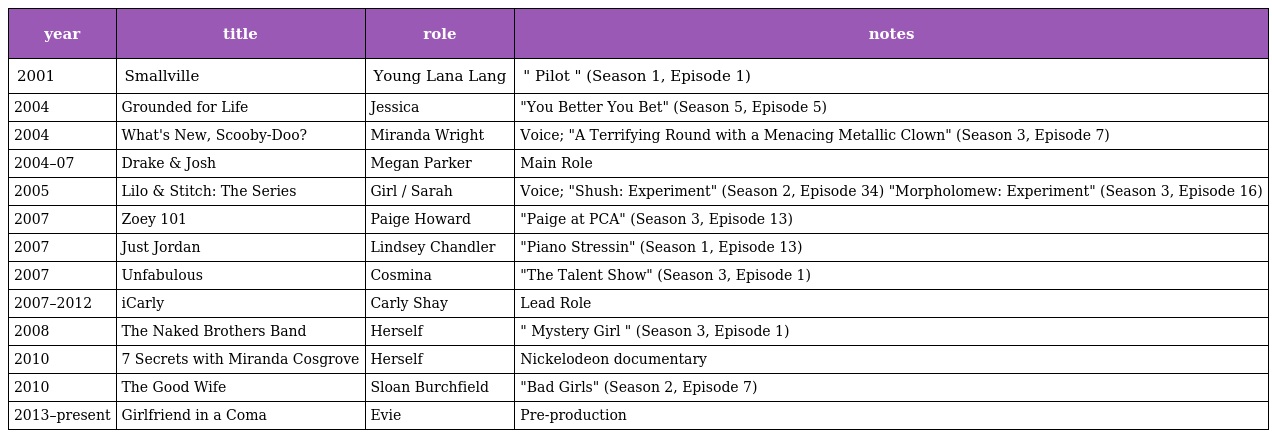
| year | title | role | notes |
 | --- | --- | --- | --- |
 | 2001 | Smallville | Young Lana Lang | " Pilot " (Season 1, Episode 1) |
 | 2004 | Grounded for Life | Jessica | "You Better You Bet" (Season 5, Episode 5) |
 | 2004 | What's New, Scooby-Doo? | Miranda Wright | Voice; "A Terrifying Round with a Menacing Metallic Clown" (Season 3, Episode 7) |
 | 2004–07 | Drake & Josh | Megan Parker | Main Role |
 | 2005 | Lilo & Stitch: The Series | Girl / Sarah | Voice; "Shush: Experiment" (Season 2, Episode 34) "Morpholomew: Experiment" (Season 3, Episode 16) |
 | 2007 | Zoey 101 | Paige Howard | "Paige at PCA" (Season 3, Episode 13) |
 | 2007 | Just Jordan | Lindsey Chandler | "Piano Stressin" (Season 1, Episode 13) |
 | 2007 | Unfabulous | Cosmina | "The Talent Show" (Season 3, Episode 1) |
 | 2007–2012 | iCarly | Carly Shay | Lead Role |
 | 2008 | The Naked Brothers Band | Herself | " Mystery Girl " (Season 3, Episode 1) |
 | 2010 | 7 Secrets with Miranda Cosgrove | Herself | Nickelodeon documentary |
 | 2010 | The Good Wife | Sloan Burchfield | "Bad Girls" (Season 2, Episode 7) |
 | 2013–present | Girlfriend in a Coma | Evie | Pre-production |